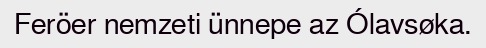
Feröer nemzeti ünnepe az Ólavsøka.